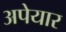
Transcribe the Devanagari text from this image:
अपेयार